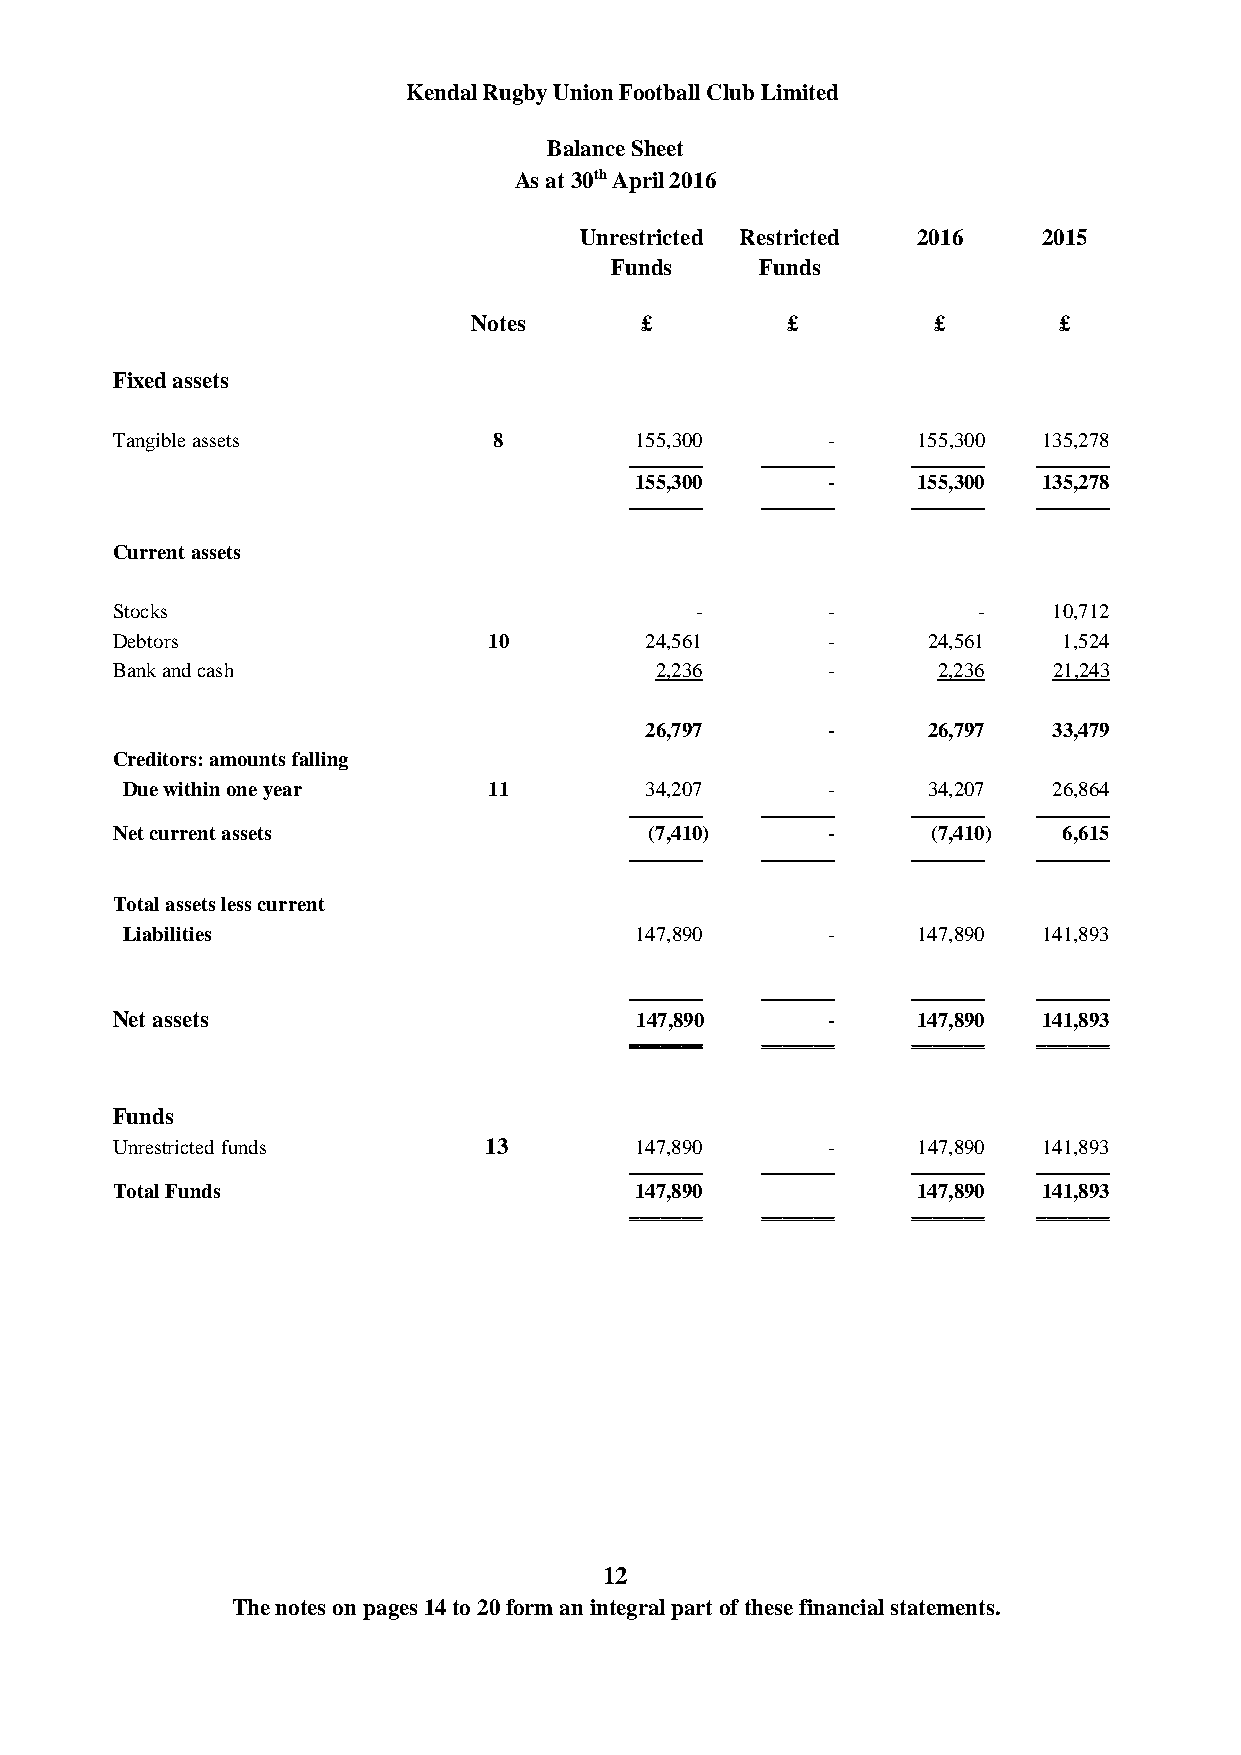
Kendal Rugby Union Football Club Limited
 Balance Sheet
 As at 30th April 2016
 Unrestricted Restricted 2016   2015
 Funds     Funds
 Notes      £         £         £       £
 Fixed assets
 Tangible assets           8        155,300      -     155,300 135,278
 _______ _______   _______  _______
 155,300      -     155,300 135,278
 _______ _______   _______  _______
 Current assets
 Stocks                                 -        -         -    10,712
 Debtors                  10         24,561      -     24,561   1,524
 Bank and cash                       2,236       -      2,236   21,243
 26,797      -     26,797   33,479
 Creditors: amounts falling
 Due within one year     11         34,207      -     34,207   26,864
 _______ _______   _______  _______
 Net current assets                  (7,410)     -      (7,410) 6,615
 _______ _______   _______  _______
 Total assets less current
 Liabilities                       147,890      -     147,890 141,893
 _______ _______   _______  _______
 Net assets                         147,890      -     147,890 141,893
 _______ _______   _______  _______
 Funds
 Unrestricted funds       13        147,890      -     147,890 141,893
 _______ _______   _______  _______
 Total Funds                        147,890            147,890 141,893
 _______ _______   _______  _______
 12
 The notes on pages 14 to 20 form an integral part of these financial statements.